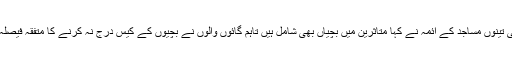
گائوں کی تینوں مساجد کے آئمہ نے کہا متاثرین میں بچیاں بھی شامل ہیں تاہم گائوں والوں نے بچیوں کے کیس درج نہ کرنے کا متفقہ فیصلہ کیا ہے۔